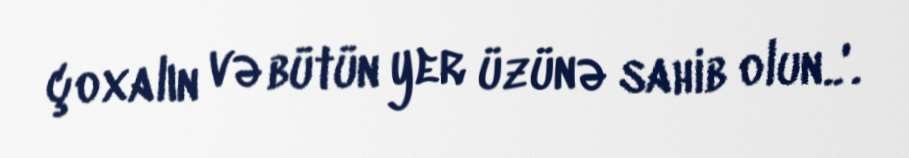
çoxalın və bütün yer üzünə sahib olun..'.